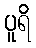
ပူရိ